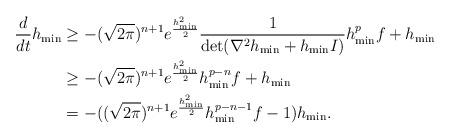
LaTeX: \begin{align*}\frac{d}{dt}h_{\min} &\ge -(\sqrt{2\pi})^{n+1}e^{\frac{h_{\min}^2}{2}}\frac{1}{\det(\nabla^2h_{\min}+h_{\min}I)}h_{\min}^pf+h_{\min} \\&\geq -(\sqrt{2\pi})^{n+1}e^{\frac{h_{\min}^2}{2}}h_{\min}^{p-n}f+h_{\min}\\&=-((\sqrt{2\pi})^{n+1}e^{\frac{h_{\min}^2}{2}}h_{\min}^{p-n-1}f-1)h_{\min}.\end{align*}